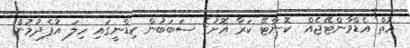
އޮތް އެޑްވާންޓޭޖެއް  ކޮންޓޭ ކަރާ އޮށުގެ ސަބަބުން ކިޑްނީގައި ހިލަ އުފެދުމުން